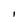
Character: I